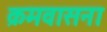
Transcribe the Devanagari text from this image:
क्रमवासना